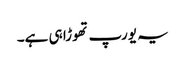
یہ یورپ تھوڑا ہی ہے۔